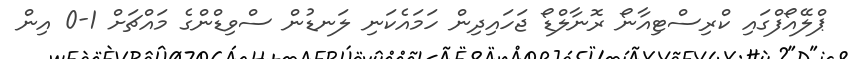
ޕްލޭއޯފްގައި ކްރިސްޓިއާނޯ ރޮނާލްޑޯ ޖަހައިދިން ހަމައެކަނި ލަނޑުން ސްވިޑްންގެ މައްޗަށް 1-0 އިން